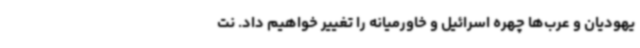
یهودیان و عرب‌ها چهره اسرائیل و خاورمیانه را تغییر خواهیم داد. نت